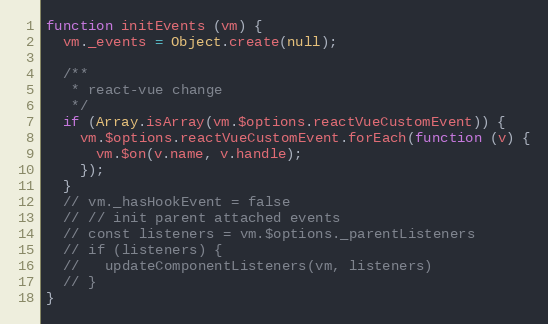
Language: JavaScript
function initEvents (vm) {
  vm._events = Object.create(null);

  /**
   * react-vue change
   */
  if (Array.isArray(vm.$options.reactVueCustomEvent)) {
    vm.$options.reactVueCustomEvent.forEach(function (v) {
      vm.$on(v.name, v.handle);
    });
  }
  // vm._hasHookEvent = false
  // // init parent attached events
  // const listeners = vm.$options._parentListeners
  // if (listeners) {
  //   updateComponentListeners(vm, listeners)
  // }
}